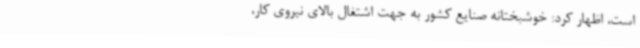
است، اظهار کرد: خوشبختانه صنایع کشور به جهت اشتغال بالای نیروی کار،